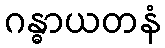
ဂန္ဓာယတနံ